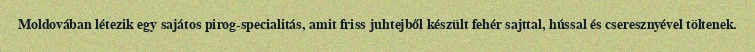
Moldovában létezik egy sajátos pirog-specialitás, amit friss juhtejből készült fehér sajttal, hússal és cseresznyével töltenek.